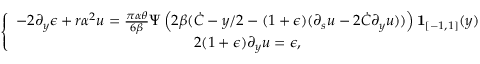
\left\lbrace \begin{array} { c } { - 2 \partial _ { y } \epsilon + r \alpha ^ { 2 } u = \frac { \pi \alpha \theta } { 6 \beta } \Psi \left( 2 \beta ( \dot { C } - y / 2 - ( 1 + \epsilon ) ( \partial _ { s } u - 2 \dot { C } \partial _ { y } u ) ) \right) \mathbf { 1 } _ { [ - 1 , 1 ] } ( y ) } \\ { 2 ( 1 + \epsilon ) \partial _ { y } u = \epsilon , } \end{array} \right.